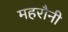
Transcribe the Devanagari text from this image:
महरौनी